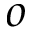
o